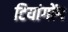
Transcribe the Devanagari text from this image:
टियांगोंग